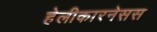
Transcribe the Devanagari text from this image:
हेलीकारनेसस